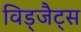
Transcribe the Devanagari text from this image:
विड्जैट्स